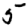
Digit: 5